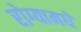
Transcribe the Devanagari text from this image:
रोग्यामधे